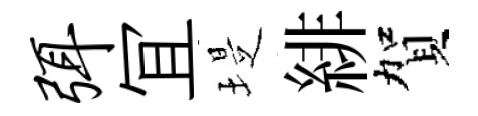
弭冝堤緋賀